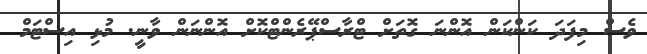
ވެސް މިފަދަ ކަންކަން އޮންނަ ގޮތަށް ޓްރާސްޕޭރެންޓްކޮށް އޮންނަން ވާނީ. މުޅި އިސްޓަމް